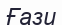
Ғази